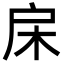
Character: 㦿